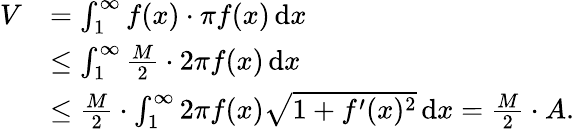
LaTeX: {\begin{array}{rl}{V}&{=\int_{1}^{\infty}f(x)\cdot\pi f(x)\, \mathrm{d}x}\\ &{\leq\int_{1}^{\infty}{\frac{M}{2}}\cdot 2\pi f(x)\, \mathrm{d}x}\\ &{\leq{\frac{M}{2}}\cdot\int_{1}^{\infty}2\pi f(x){\sqrt{1+f^{\prime}(x)^{2}}}\, \mathrm{d}x={\frac{M}{2}}\cdot A.}\end{array}}